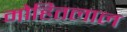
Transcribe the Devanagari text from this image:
मोहितलाल